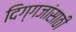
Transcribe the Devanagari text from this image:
दिग्गजांसाठी